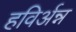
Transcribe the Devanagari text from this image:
हविर्अन्न